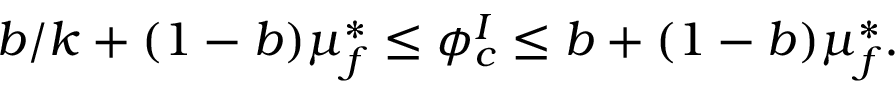
b / k + ( 1 - b ) \mu _ { f } ^ { * } \leq \phi _ { c } ^ { I } \leq b + ( 1 - b ) \mu _ { f } ^ { * } .